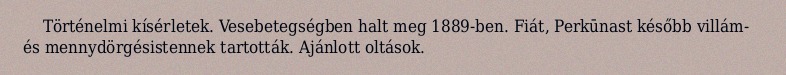
Történelmi kísérletek. Vesebetegségben halt meg 1889-ben. Fiát, Perkūnast később villám- és mennydörgésistennek tartották. Ajánlott oltások.